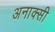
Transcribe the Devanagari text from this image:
अनाक्सी